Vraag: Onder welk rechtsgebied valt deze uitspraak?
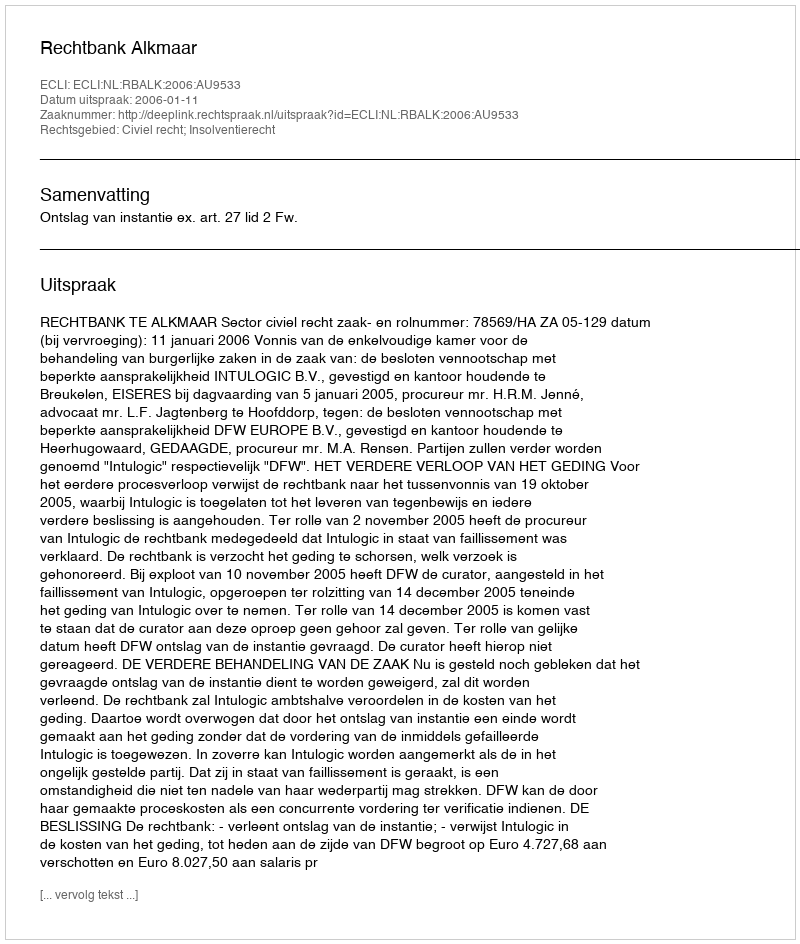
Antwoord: Civiel recht; Insolventierecht